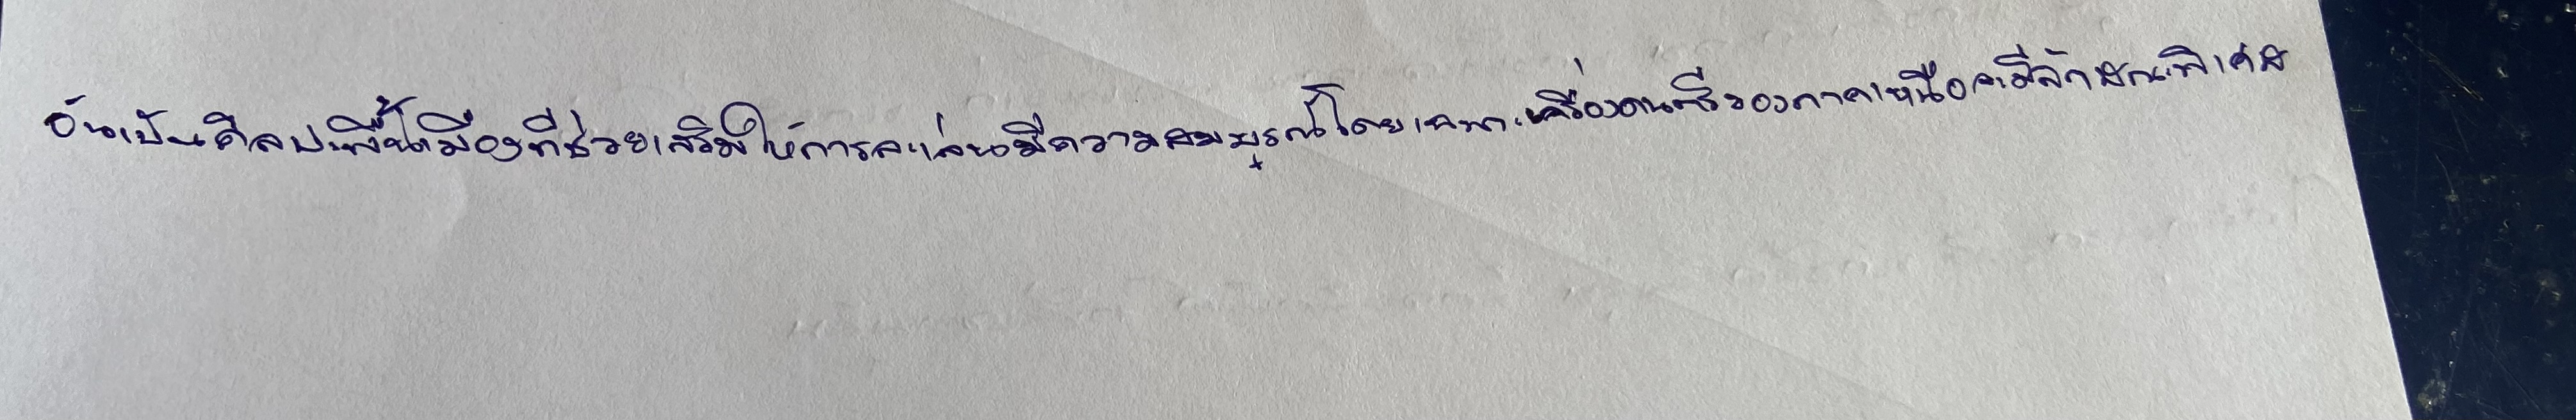
อันเป็นศิลปะพื้นเมืองที่ช่วยเสริมให้การละเล่นมีความสมบูรณ์โดยเฉพาะเครื่องดนตรีของภาคเหนือจะมีลักษณะพิเศษ